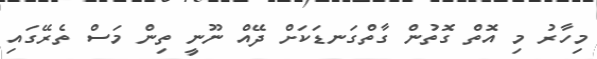
މިހާރު މި އޮތް ގޮތުން ގާތްގަނޑަކަށް ދޭއް ނޫނީ ތިން މަސް ތެރޭގައި